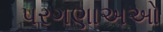
પરગણાઅઓ